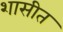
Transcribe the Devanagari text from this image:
शासीत